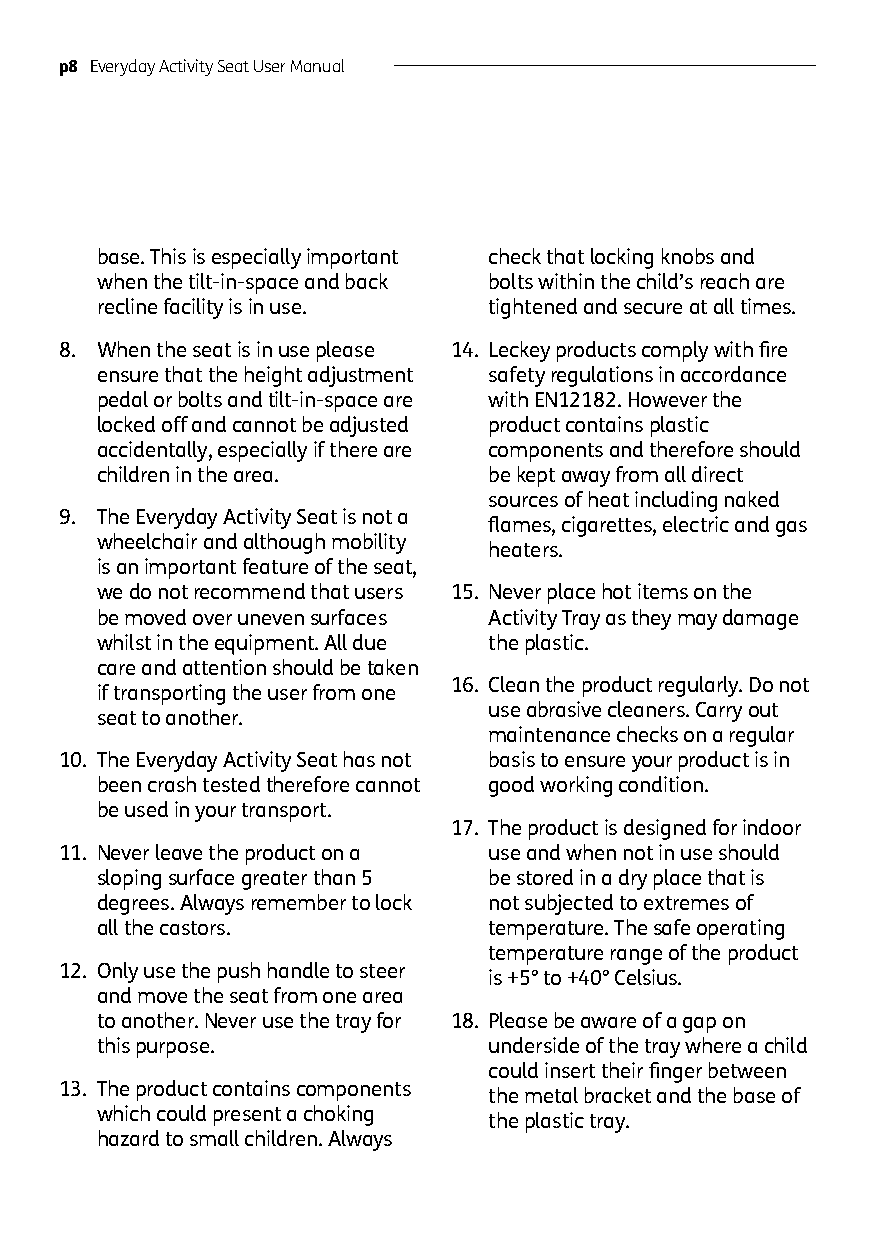
p8 Everyday Activity Seat User Manual
 base. This is especially important check that locking knobs and
 when the tilt-in-space and back bolts within the child’s reach are
 recline facility is in use. tightened and secure at all times.
 8. When the seat is in use please 14. Leckey products comply with fire
 ensure that the height adjustment safety regulations in accordance
 pedal or bolts and tilt-in-space are with EN12182. However the
 locked off and cannot be adjusted product contains plastic
 accidentally, especially if there are components and therefore should
 children in the area.     be kept away from all direct
 sources of heat including naked
 9. The Everyday Activity Seat is not a
 flames, cigarettes, electric and gas
 wheelchair and although mobility
 heaters.
 is an important feature of the seat,
 we do not recommend that users 15. Never place hot items on the
 be moved over uneven surfaces Activity Tray as they may damage
 whilst in the equipment. All due the plastic.
 care and attention should be taken
 16. Clean the product regularly. Do not
 if transporting the user from one
 use abrasive cleaners. Carry out
 seat to another.
 maintenance checks on a regular
 10. The Everyday Activity Seat has not basis to ensure your product is in
 been crash tested therefore cannot good working condition.
 be used in your transport.
 17. The product is designed for indoor
 11. Never leave the product on a use and when not in use should
 sloping surface greater than 5 be stored in a dry place that is
 degrees. Always remember to lock not subjected to extremes of
 all the castors.          temperature. The safe operating
 temperature range of the product
 12. Only use the push handle to steer
 is +5° to +40° Celsius.
 and move the seat from one area
 to another. Never use the tray for 18. Please be aware of a gap on
 this purpose.             underside of the tray where a child
 could insert their finger between
 13. The product contains components
 the metal bracket and the base of
 which could present a choking
 the plastic tray.
 hazard to small children. Always